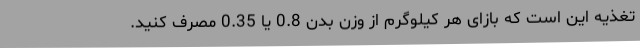
تغذیه این است که بازای هر کیلوگرم از وزن بدن 0.8 یا 0.35 مصرف کنید.